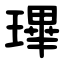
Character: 㻫